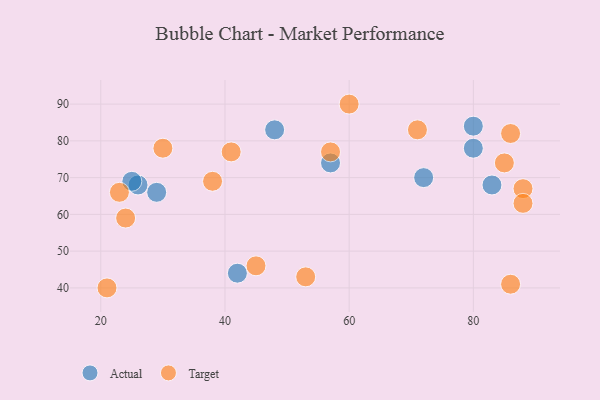
{"axis": {"x": "GDP", "y": "Life Expectancy"}, "legend": ["Actual", "Target"], "data": [{"x": "80", "y": 84, "type": "Actual"}, {"x": "83", "y": 68, "type": "Actual"}, {"x": "80", "y": 78, "type": "Actual"}, {"x": "48", "y": 83, "type": "Actual"}, {"x": "26", "y": 68, "type": "Actual"}, {"x": "57", "y": 74, "type": "Actual"}, {"x": "72", "y": 70, "type": "Actual"}, {"x": "29", "y": 66, "type": "Actual"}, {"x": "25", "y": 69, "type": "Actual"}, {"x": "42", "y": 44, "type": "Actual"}, {"x": "30", "y": 78, "type": "Target"}, {"x": "85", "y": 74, "type": "Target"}, {"x": "38", "y": 69, "type": "Target"}, {"x": "71", "y": 83, "type": "Target"}, {"x": "21", "y": 40, "type": "Target"}, {"x": "60", "y": 90, "type": "Target"}, {"x": "41", "y": 77, "type": "Target"}, {"x": "88", "y": 67, "type": "Target"}, {"x": "45", "y": 46, "type": "Target"}, {"x": "57", "y": 77, "type": "Target"}, {"x": "86", "y": 82, "type": "Target"}, {"x": "86", "y": 41, "type": "Target"}, {"x": "23", "y": 66, "type": "Target"}, {"x": "24", "y": 59, "type": "Target"}, {"x": "53", "y": 43, "type": "Target"}, {"x": "88", "y": 63, "type": "Target"}]}